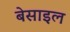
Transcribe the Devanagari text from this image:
बेसाइल